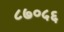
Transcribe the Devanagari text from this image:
८७०५६